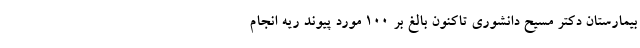
بیمارستان دکتر مسیح دانشوری تاکنون بالغ بر ۱۰۰ مورد پیوند ریه انجام